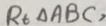
R _ { t \Delta A B C } ,